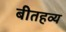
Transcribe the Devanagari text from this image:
बीतहव्य